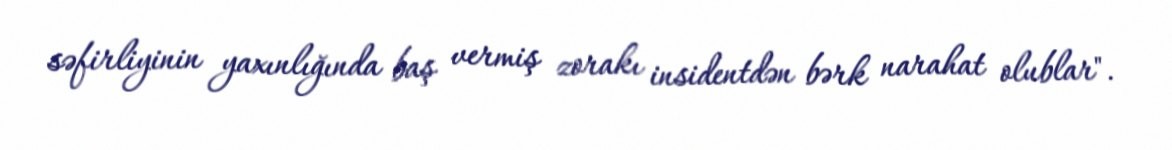
səfirliyinin yaxınlığında baş vermiş zorakı insidentdən bərk narahat olublar".